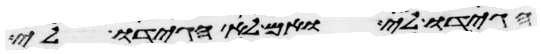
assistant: הגידו לי ואם לא הגידו לי